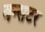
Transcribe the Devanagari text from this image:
बन्सटर